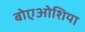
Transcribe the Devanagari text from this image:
बोएओशिया